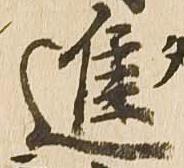
進